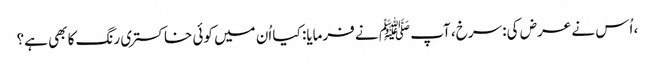
، اُس نے عرض کی: سرخ، آپ ﷺ نے فرمایا: کیا اُن میں کوئی خاکستری رنگ کا بھی ہے؟